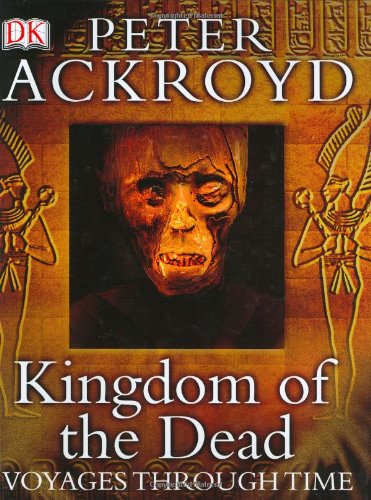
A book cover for Kingdom of the Dead (Voyages Through Time); Peter Ackroyd; Religion & Spirituality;